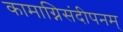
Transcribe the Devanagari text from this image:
कामाग्निसंदीपनम्